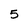
Character: 5